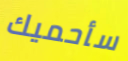
سأحميك